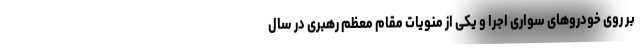
بر روی خودروهای سواری اجرا و یکی از منویات مقام معظم رهبری در سال